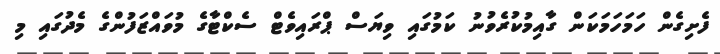
ފެށިގެން ހަމަހަމަކަން ގާއިމުކުރެވުނު ކަމުގައި ވިޔަސް ޕްރައިވެޓް ސެކްޓާގެ މުވައްޒަފުންގެ މެދުގައި މި